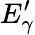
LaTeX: E_{\gamma}^{\prime}